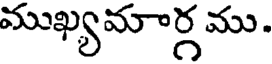
ముఖ్యమార్గ ము.